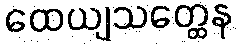
ထေယျသတ္ထေန